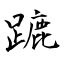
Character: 蹗